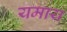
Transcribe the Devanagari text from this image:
यमाय